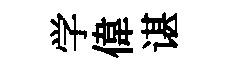
学偉谌